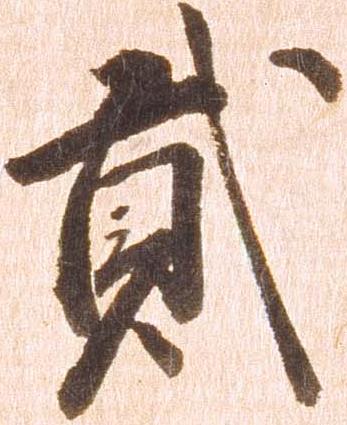
弐